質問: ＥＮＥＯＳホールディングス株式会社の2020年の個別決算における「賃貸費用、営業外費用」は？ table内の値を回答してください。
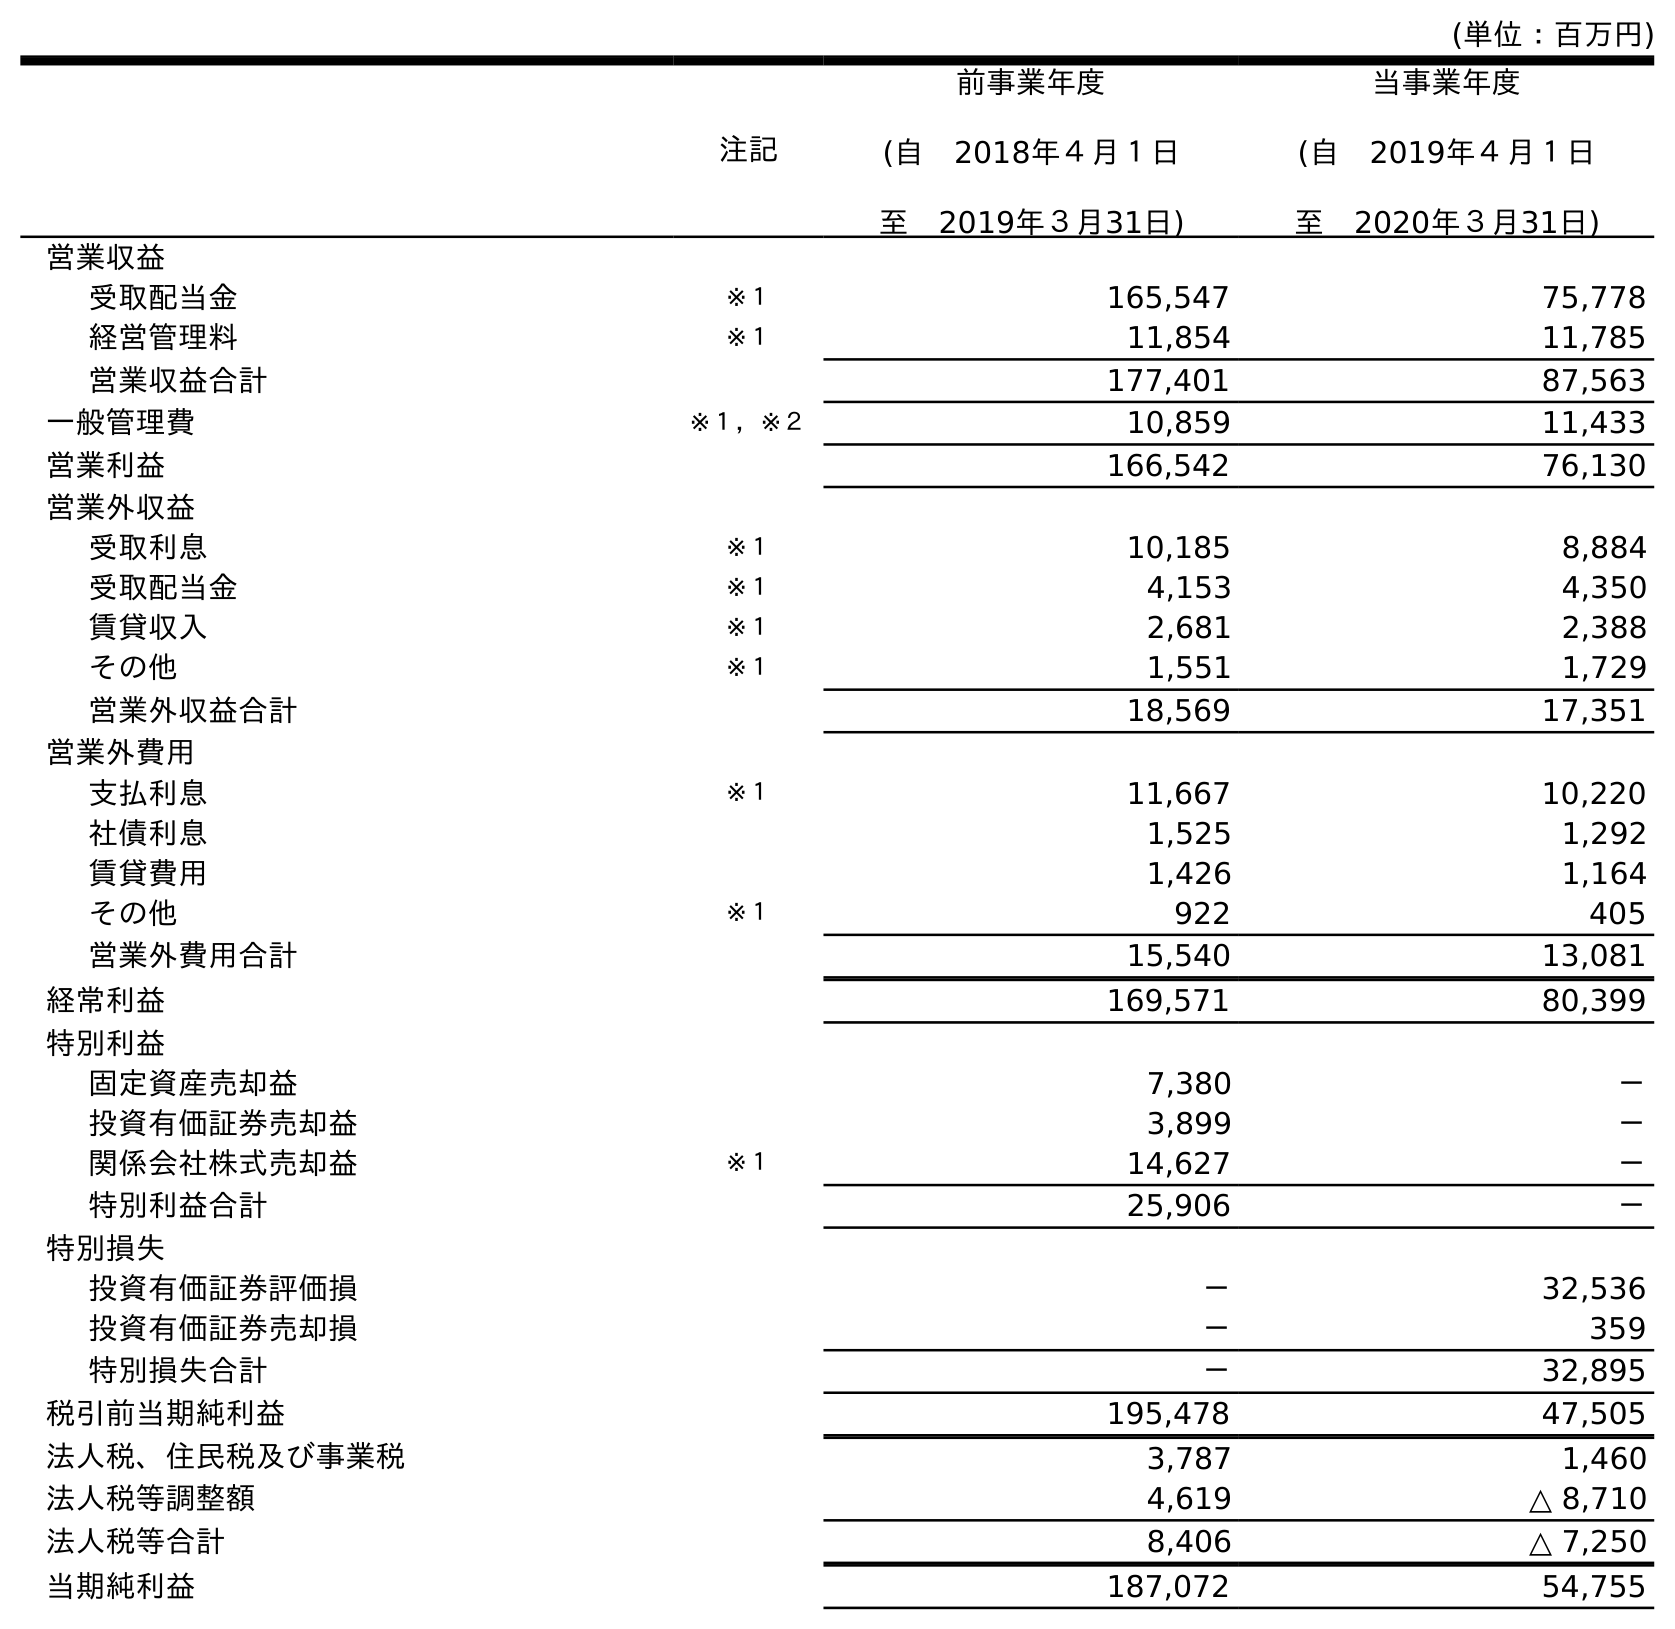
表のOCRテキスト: (単位：百万円) 注記 前事業年度 (自 2018年４月１日 至 2019年３月31日) 当事業年度 (自 2019年４月１日 至 2020年３月31日) 営業収益 受取配当金 ※１ 165,547 75,778 経営管理料 ※１ 11,854 11,785 営業収益合計 177,401 87,563 一般管理費 ※１，※２ 10,859 11,433 営業利益 166,542 76,130 営業外収益 受取利息 ※１ 10,185 8,884 受取配当金 ※１ 4,153 4,350 賃貸収入 ※１ 2,681 2,388 その他 ※１ 1,551 1,729 営業外収益合計 18,569 17,351 営業外費用 支払利息 ※１ 11,667 10,220 社債利息 1,525 1,292 賃貸費用 1,426 1,164 その他 ※１ 922 405 営業外費用合計 15,540 13,081 経常利益 169,571 80,399 特別利益 固定資産売却益 7,380 － 投資有価証券売却益 3,899 － 関係会社株式売却益 ※１ 14,627 － 特別利益合計 25,906 － 特別損失 投資有価証券評価損 － 32,536 投資有価証券売却損 － 359 特別損失合計 － 32,895 税引前当期純利益 195,478 47,505 法人税、住民税及び事業税 3,787 1,460 法人税等調整額 4,619 △ 8,710 法人税等合計 8,406 △ 7,250 当期純利益 187,072 54,755
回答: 1,164